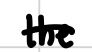
Text: the
Cross-out: single-line
Writing tool: digital_black